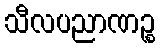
သီလပညာဏဉ္စ